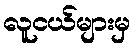
လူငယ်များမှ